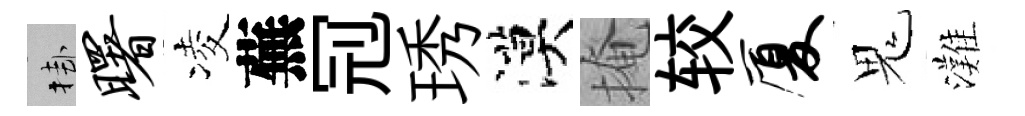
挂曙凌蕪𠜍琇漠掩较厦鬼灘